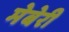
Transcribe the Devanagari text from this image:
मेबेरी